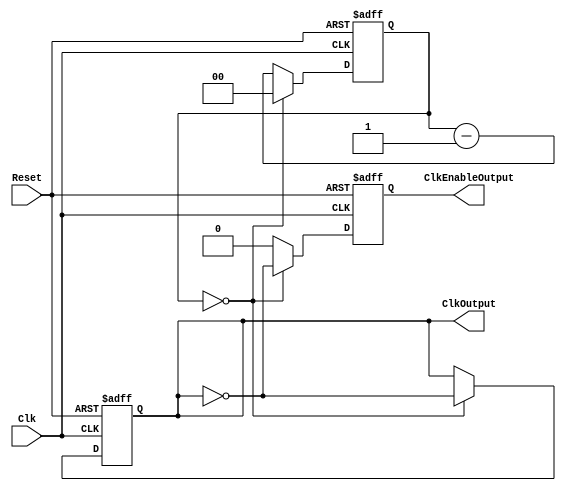
`timescale 1ns / 1ps
`default_nettype none
`ifndef LIB_STYCZYNSKI_FREQ_DIVIDER_V
`define LIB_STYCZYNSKI_FREQ_DIVIDER_V

module FreqDivider #(
        parameter FREQUENCY_IN = 2,
        parameter FREQUENCY_OUT = 1,
        parameter MAX_PPM = 1_000_000,
        parameter PHASE = 1'b0
    ) (
        input wire Reset,
        input wire Clk,
        output reg ClkOutput = PHASE,
        output reg ClkEnableOutput = PHASE
    );

    // This calculation always rounds frequency up.
    localparam COUNTER_VALUE = FREQUENCY_IN / FREQUENCY_OUT / 2 - 1;
    localparam ACTUAL_FREQUENCY = FREQUENCY_IN / ((COUNTER_VALUE + 1) * 2);
    localparam PPM = 64'd1_000_000 * (ACTUAL_FREQUENCY - FREQUENCY_OUT) / FREQUENCY_OUT;

    generate
        if(COUNTER_VALUE < 0)
            _ERROR_FREQ_TOO_HIGH_ error();
        if(PPM > MAX_PPM)
            _ERROR_FREQ_DEVIATION_TOO_HIGH_ error();
    endgenerate
    
    reg [$clog2(COUNTER_VALUE)+1:0] Counter = 0;
    
    always @(posedge Clk or negedge Reset)
    begin
        if(!Reset)
            begin
                Counter <= 0;
                ClkEnableOutput <= PHASE;
                ClkOutput <= PHASE;
            end
        else
            begin
                if(Counter == 0)
                    begin
                        Counter <= COUNTER_VALUE;
                        ClkOutput <= ~ClkOutput;
                        ClkEnableOutput <= ~ClkOutput;
                    end
                else
                    begin
                        ClkEnableOutput <= 0;
                        Counter <= Counter - 1;
                    end
        end
    end
        
endmodule

`endif